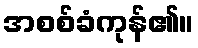
အစစ်ခံကုန်၏။